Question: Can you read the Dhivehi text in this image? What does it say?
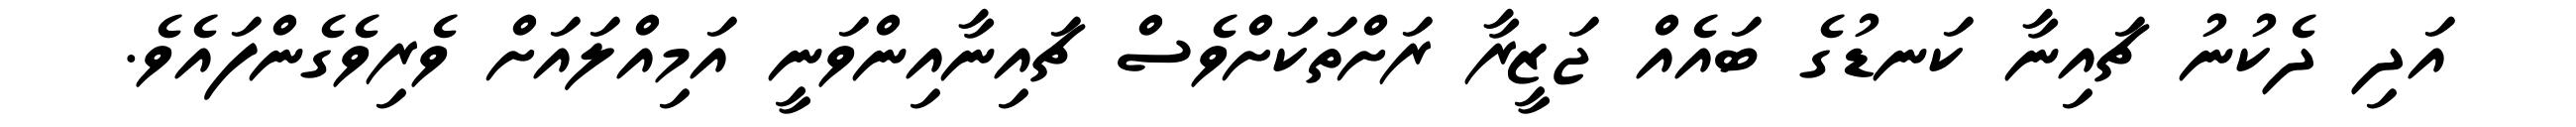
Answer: އަދި ދެކުނު ޗައިނާ ކަނޑުގެ ބައެއް ޖަޒީރާ ރަށްތަކަށްވެސް ޗައިނާއިންވަނީ އަމިއްލައަށް ވެރިވެގެންފައެވެ.